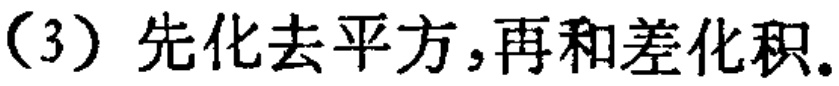
（3）先化去平方，再和差化积。